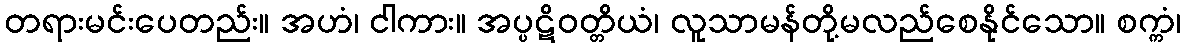
တရားမင်းပေတည်း။ အဟံ၊ ငါကား။ အပ္ပဋိဝတ္တိယံ၊ လူသာမန်တို့မလည်စေနိုင်သော။ စက္ကံ၊